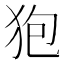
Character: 狍